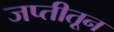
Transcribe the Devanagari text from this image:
जप्तीतून